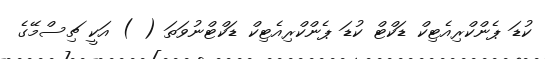
ކުޑަ ޕެންކްރިއެޓިކް ޑަކްޓް ކުޑަ ޕެންކްރިއެޓިކް ޑަކްޓްނުވަތަ ( ) އަކީ ޗިސްމޭގެ